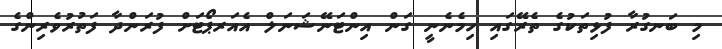
މި ބަނގުރާ ފުޅިތަކުގެ ތެރޭގައި ހިމެނެނީ ގަން އިންޓަނޭޝަނަލް އެއަރޕޯޓަށް ފުރަންދާ ފަތުރުވެރިންގެ